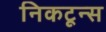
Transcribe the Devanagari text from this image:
निकटून्स